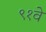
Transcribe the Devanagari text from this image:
९१वे